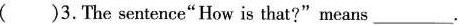
( )3.The sentence"How is that?" means___